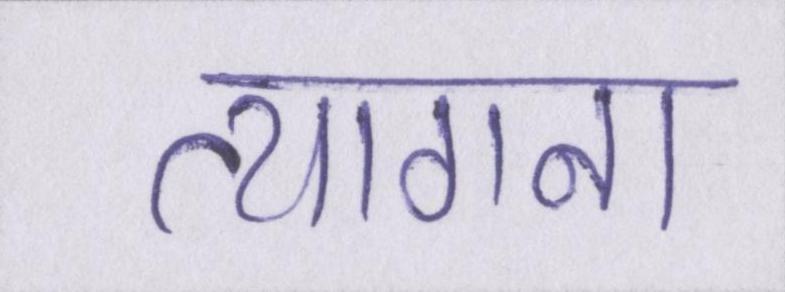
त्यागना